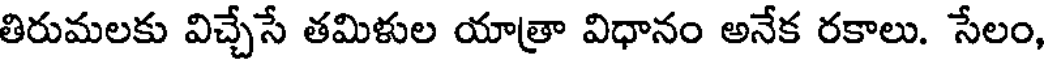
తిరుమలకు విచ్చేసే తమిళుల యాత్రా విధానం అనేక రకాలు. సేలం,